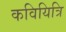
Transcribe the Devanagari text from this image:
कवियित्रि